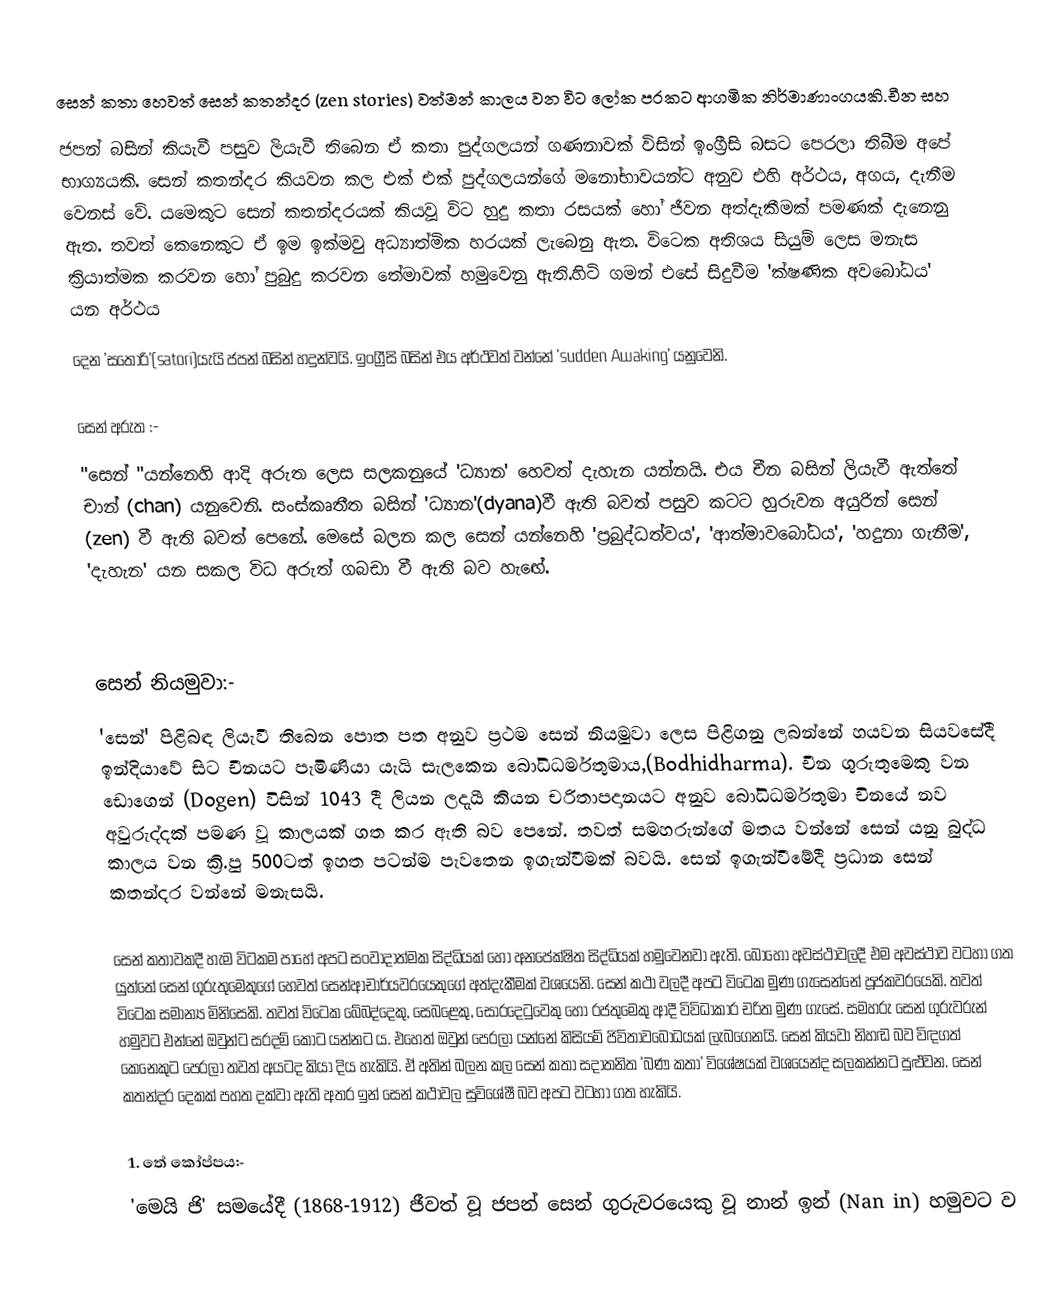
සෙන් කතා හෙවත් සෙන් කතන්දර (zen stories) වත්මන් කාලය වන විට ‍ලෝක ප‍්‍රකට ආගමික නිර්මාණාංගයකි.චීන සහ
ජපන් බසින් කියැවී පසුව ලියැවී තිබෙන ඒ කතා පුද්ගලයන් ගණනාවක් විසින් ඉංග්‍රීසි බසට පෙරලා තිබීම  අ‍‍පේ  භාග්‍යයකි. සෙන් කතන්දර කියවන කල එක් එක් පුද්ගලයන්ගේ මනෝභාවයන්ට අනුව එහි අර්ථය, අගය, දැනීම වෙනස් වේ. යමෙකුට සෙන් කතන්දරයක් කියවූ විට හුදු කතා රසයක් හෝ ජීවන අත්දැකීමක් පමණක් දැනෙනු ඇත. තවත් කෙනෙකුට ඒ ඉම ඉක්මවු අධ්‍යාත්මික හරයක් ලැබෙනු  ඇත. වි‍ටෙක අතිශය සියුම් ලෙස මනැස ක්‍රියාත්මක කරවන හෝ පුබුදු කරවන තේමාවක් හමුවෙනු ඇති.හිටි ගමන් එසේ සිදුවීම 'ක්ෂණික අවබෝධය' යන අර්ථය
දෙන 'ස‍තෝරි'(satori)යැයි ජපන් බසින් හදුන්වයි. ඉංග්‍රීසි බසින් එය අර්ථවත් වන්නේ 'sudden Awaking' යනුවෙනි.

සෙන් අරුත :-
"සෙන් "යන්නෙහි  ආදි අරුත ලෙස සලකනුයේ 'ධ්‍යාන' හෙවත් දැහැන යන්නයි. එය චීන බසින් ලියැවී ඇත්තේ චාන් (chan) යනුවෙනි. සංස්කෘතීත බසින් 'ධ්‍යාන'(dyana)වී ඇති බවත් පසුව කටට හුරුවන අයුරින් සෙන් (zen) වී ඇති බවත් ‍පෙනේ. මෙසේ බලන කල සෙන් යන්නෙහි 'ප්‍රබුද්ධත්වය', 'ආත්මාවබෝධය', 'හදුනා ගැනීම', 'දැහැන' යන සකල විධ අරුත් ගබඩා වී ඇති බව හැඟේ.

සෙන් නියමුවා:-
'සෙන්' පිළිබඳ ලියැවී තිබෙන පොත පත අනුව ප්‍රථම සෙන් නියමුවා ලෙස පිළිගනු ලබන්නේ හයවන සියවසේදී ඉන්දියාවේ සිට චීනයට පැමිණියා යැයි සැලකෙන ‍බෝධිධර්මතුමාය,(Bodhidharma). චීන ගුරුතුමෙකු වන ඩොගෙන් (Dogen) විසින් 1043 දී ලියන ලදැයී කියන චරිතාපදානයට අනුව ‍බෝධිධර්මතුමා චිනයේ නව අවුරුද්දක් පමණ වූ කාලයක් ගත කර ඇති බව පෙනේ. තවත් සමහරුන්ගේ මතය වන්නේ සෙන් යනු බුද්ධ කාලය වන ක්‍රි.පු 500ටත් ඉහත පටන්ම පැව‍තෙන ඉගැන්වීමක් බවයි. සෙන් ඉගැන්වීමේදී ප්‍රධාන සෙන් කතන්දර වන්නේ මනැසයි.

සෙන් කතාවකදී හැම විටකම පාහේ අපට සංවාදාත්මක සිද්ධියක් හෝ අනපේක්ෂිත සිද්ධියක් හමුවෙනවා ඇති. බොහෝ අවස්ථාවලදී එම අවස්ථාව වටහා ගත යුත්තේ සෙන් ගුරුතුමෙකුගේ හෙවත් සෙන්ආචාර්යවරයෙකුගේ අත්දැකීමක් වශයෙනි. සෙන් කථා වලදී අපට විටෙක මුණ ගැසෙන්නේ පූජකවරයෙකි. තවත් විටෙක සමාන්‍ය මිනිසෙකි. තවත් විටෙක ‍‍‍‍බේබද්දෙකු, සෙබළෙකු, සොරදෙටුවෙකු හෝ රජතුමෙකු ආදී විවිධාකාර චරිත මුණ ගැසේ. සමහරු සෙන් ගුරුවරුන් හමුවට එන්නේ ඔවුන්ට සරදම් කොට යන්නට ය. එහෙත් ඔවුන් පෙරලා යන්නේ කිසියම් ජිවිතාවබෝධයක් ලැබගෙනයි. සෙන් කියවා නිහඬ බව විඳගත් කෙනෙකුට පෙරලා තවත් අයටද කියා දිය හැකියි. ඒ අතින් බලන කල සෙන් කතා සදාතනිත 'බණ කතා' විශේෂයක් වශයෙන්ද සලකන්නට පුළුවන. සෙන් කතන්දර දෙකක් පහත දක්වා ඇති අතර ඉන් සෙන් කථාවල සුවි‍ශේෂී බව අපට වටහා ගත හැකියි.

1.‍ තේ කෝප්පය:-
'මෙයි ජි' සමයේදී (1868-1912) ජීවත් වූ  ජපන් සෙන්  ගුරුවරයෙකු වූ  නාන් ඉන් (Nan in) හමුවට ව